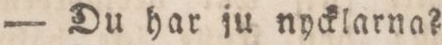
— Du har ju nycklarna?